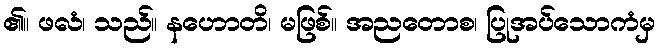
၏။ ဖလံ၊ သည်။ နဟောတိ၊ မဖြစ်။ အညတောစ၊ ပြုအပ်သောကံမှ